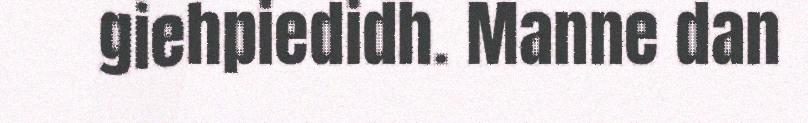
giehpiedidh. Manne dan